Indian journal of veterinary science and animal husbandry - Volumes 18-21, 1948-1951
Year: 1948
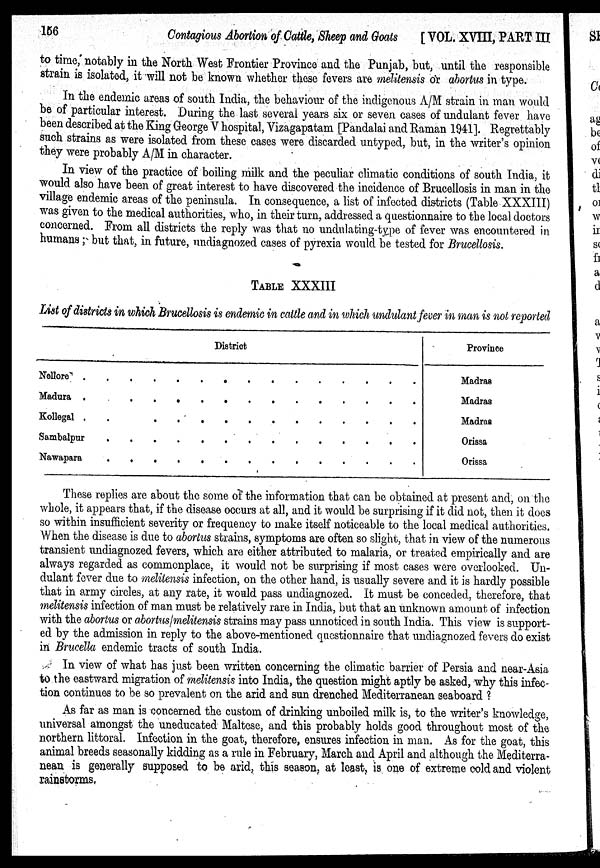
156
Contagious Abortion of Cattle, Sheep and Goats
[VOL. XVIII, PART III
to time, notably in the North West Frontier Province and the Punjab, but, until the responsible
strain is isolated, it will not be known whether these fevers are melitensis or abortus in type.
In the endemic areas of south India, the behaviour of the indigenous A/M strain in man would
be of particular interest. During the last several years six or seven cases of undulant fever have
been described at the King George V hospital, Vizagapatam [Pandalai and Raman 1941]. Regrettably
such strains as were isolated from these cases were discarded untyped, but, in the writer's opinion
they were probably A/M in character.
In view of the practice of boiling milk and the peculiar climatic conditions of south India, it
would also have been of great interest to have discovered the incidence of Brucellosis in man in the
village endemic areas of the peninsula. In consequence, a list of infected districts (Table XXXIII)
was given to the medical authorities, who, in their turn, addressed a questionnaire to the local doctors
concerned. From all districts the reply was that no undulabing-type of fever was encountered in
humans; but that, in future, undiagnozed cases of pyrexia would be tested for Brucellosis.
TABLE XXXIII
List of districts in which Brucellosis is endemic in cattle and in which undulant fever in man is not reported
District
Nellore
.
.
.
.
.
.
.
.
.
.
.
.
.
.
.
Madura
.
.
.
.
.
.
.
.
.
.
.
.
.
.
.
Kollegal . . . . . . . . . . . . . . .
Sambalpur . . . . . . . . . . . . . . .
Nawapara . . . . . . . . . . . . . . .
Province
Madras
Madras
Madras
Orissa
Orissa
These replies are about the some of the information that can be obtained at present and, on the
whole, it appears that, if the disease occurs at all, and it would be surprising if it did not, then it does
so within insufficient severity or frequency to make itself noticeable to the local medical authorities.
When the disease is due to abortus strains, symptoms are often so slight, that in view of the numerous
transient undiagnozed fevers, which are either attributed to malaria, or treated empirically and are
always regarded as commonplace, it would not be surprising if most cases were overlooked. Un-
dulant fever due to melitensis infection, on the other hand, is usually severe and it is hardly possible
that in army circles, at any rate, it would pass undiagnozed. It must be conceded, therefore, that
melitensis infection of man must be relatively rare in India, but that an unknown amount of infection
with the abortus or abortus/melitensis strains may pass unnoticed in south India. This view is support-
ed by the admission in reply to the above-mentioned questionnaire that undiagnozed fevers do exist
in Brucella endemic tracts of south India.
In view of what has just been written concerning the climatic barrier of Persia and near-Asia
to the eastward migration of melitensis into India, the question might aptly be asked, why this infec-
tion continues to be so prevalent on the arid and sun drenched Mediterranean seaboard ?
As far as man is concerned the custom of drinking unboiled milk is, to the writer's knowledge,
universal amongst the uneducated Maltese, and this probably holds good throughout most of the
northern littoral. Infection in the goat, therefore, ensures infection in man. As for the goat, this
animal breeds seasonally kidding as a rule in February, March and April and although the Mediterra-
nean is generally supposed to be arid, this season, at least, is one of extreme cold and violent
rainstorms.